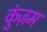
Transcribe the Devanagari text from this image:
कुंज़म